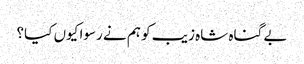
بے گناہ شاہ زیب کو ہم نے رسوا کیوں کیا؟